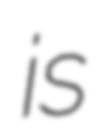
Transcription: is